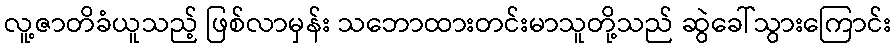
လူ့ဇာတိခံယူသည့် ဖြစ်လာမှန်း သဘောထားတင်းမာသူတို့သည် ဆွဲခေါ်သွားကြောင်း